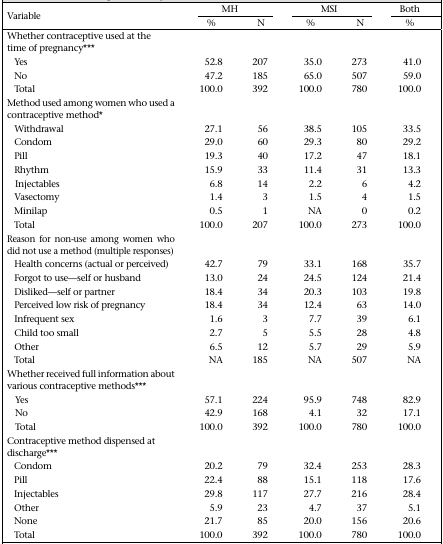
<table><thead><tr><td rowspan="2"><b>Variable</b></td><td colspan="2"><b>MH</b></td><td colspan="2"><b>MSI</b></td><td><b>Both</b></td></tr><tr><td><b>%</b></td><td><b>N</b></td><td><b>%</b></td><td><b>N</b></td><td><b>%</b></td></tr></thead><tbody><tr><td colspan="6">Whether contraceptive used at the time of pregnancy***</td></tr><tr><td>Yes</td><td>52.8</td><td>207</td><td>35.0</td><td>273</td><td>41.0</td></tr><tr><td>No</td><td>47.2</td><td>185</td><td>65.0</td><td>507</td><td>59.0</td></tr><tr><td>Total</td><td>100.0</td><td>392</td><td>100.0</td><td>780</td><td>100.0</td></tr><tr><td colspan="6">Method used among women who used a contraceptive method*</td></tr><tr><td>Withdrawal</td><td>27.1</td><td>56</td><td>38.5</td><td>105</td><td>33.5</td></tr><tr><td>Condom</td><td>29.0</td><td>60</td><td>29.3</td><td>80</td><td>29.2</td></tr><tr><td>Pill</td><td>19.3</td><td>40</td><td>17.2</td><td>47</td><td>18.1</td></tr><tr><td>Rhythm</td><td>15.9</td><td>33</td><td>11.4</td><td>31</td><td>13.3</td></tr><tr><td>Injectables</td><td>6.8</td><td>14</td><td>2.2</td><td>6</td><td>4.2</td></tr><tr><td>Vasectomy</td><td>1.4</td><td>3</td><td>1.5</td><td>4</td><td>1.5</td></tr><tr><td>Minilap</td><td>0.5</td><td>1</td><td>NA</td><td>0</td><td>0.2</td></tr><tr><td>Total</td><td>100.0</td><td>207</td><td>100.0</td><td>273</td><td>100.0</td></tr><tr><td colspan="6">Reason for non-use among women who did not use a method (multiple responses)</td></tr><tr><td>Health concerns (actual or perceived)</td><td>42.7</td><td>79</td><td>33.1</td><td>168</td><td>35.7</td></tr><tr><td>Forgot to use—self or husband</td><td>13.0</td><td>24</td><td>24.5</td><td>124</td><td>21.4</td></tr><tr><td>Disliked—self or partner</td><td>18.4</td><td>34</td><td>20.3</td><td>103</td><td>19.8</td></tr><tr><td>Perceived low risk of pregnancy</td><td>18.4</td><td>34</td><td>12.4</td><td>63</td><td>14.0</td></tr><tr><td>Infrequent sex</td><td>1.6</td><td>3</td><td>7.7</td><td>39</td><td>6.1</td></tr><tr><td>Child too small</td><td>2.7</td><td>5</td><td>5.5</td><td>28</td><td>4.8</td></tr><tr><td>Other</td><td>6.5</td><td>12</td><td>5.7</td><td>29</td><td>5.9</td></tr><tr><td>Total</td><td>NA</td><td>185</td><td>NA</td><td>507</td><td>NA</td></tr><tr><td colspan="6">Whether received full information about various contraceptive methods***</td></tr><tr><td>Yes</td><td>57.1</td><td>224</td><td>95.9</td><td>748</td><td>82.9</td></tr><tr><td>No</td><td>42.9</td><td>168</td><td>4.1</td><td>32</td><td>17.1</td></tr><tr><td>Total</td><td>100.0</td><td>392</td><td>100.0</td><td>780</td><td>100.0</td></tr><tr><td colspan="6">Contraceptive method dispensed at discharge***</td></tr><tr><td>Condom</td><td>20.2</td><td>79</td><td>32.4</td><td>253</td><td>28.3</td></tr><tr><td>Pill</td><td>22.4</td><td>88</td><td>15.1</td><td>118</td><td>17.6</td></tr><tr><td>Injectables</td><td>29.8</td><td>117</td><td>27.7</td><td>216</td><td>28.4</td></tr><tr><td>Other</td><td>5.9</td><td>23</td><td>4.7</td><td>37</td><td>5.1</td></tr><tr><td>None</td><td>21.7</td><td>85</td><td>20.0</td><td>156</td><td>20.6</td></tr><tr><td>Total</td><td>100.0</td><td>392</td><td>100.0</td><td>780</td><td>100.0</td></tr></tbody></table>